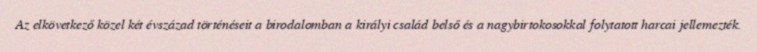
Az elkövetkező közel két évszázad történéseit a birodalomban a királyi család belső és a nagybirtokosokkal folytatott harcai jellemezték.